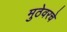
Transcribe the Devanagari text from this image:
मुठेवरचे